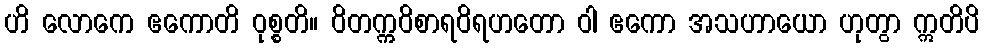
ဟိ လောကေ ဧကောတိ ဝုစ္စတိ။ ဝိတက္ကဝိစာရဝိရဟတော ဝါ ဧကော အသဟာယော ဟုတွာ ဣတိပိ